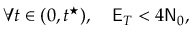
\forall t \in ( 0 , t ^ { \star } ) , \quad \mathsf { E } _ { T } < 4 \mathsf { N } _ { 0 } ,